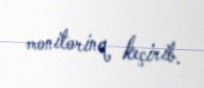
monitorinq keçirib.